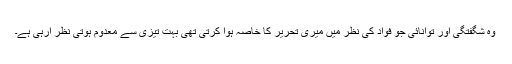
وہ شگفتگی اور توانائی جو فواد کی نظر میں میری تحریر کا خاصہ ہوا کرتی تھی بہت تیزی سے معدوم ہوتی نظر آرہی ہے۔